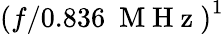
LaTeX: \left({f/0.836~\mathrm{~M~H~z~}}\right)^{1}